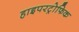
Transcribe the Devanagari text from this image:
हाइपरट्रोफिक